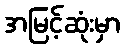
အမြင့်ဆုံးမှာ